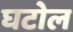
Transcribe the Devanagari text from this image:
घटोल